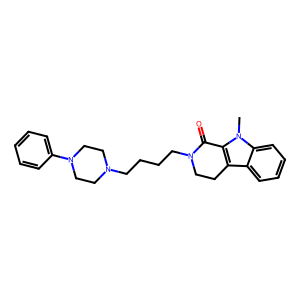
SMILES: Cn1c2c(c3ccccc31)CCN(CCCCN1CCN(c3ccccc3)CC1)C2=O
Inhibits HIV replication: No